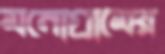
মনোগ্রামের